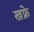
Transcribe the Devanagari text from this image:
खफ्रे